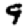
Digit: 9